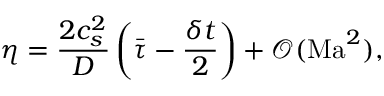
\eta = \frac { 2 c _ { s } ^ { 2 } } { D } \left( \bar { \tau } - \frac { \delta t } { 2 } \right) + \mathcal { O } ( \mathrm { M a } ^ { 2 } ) ,